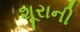
શૂરાની